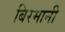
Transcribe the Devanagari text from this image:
बिरमानी